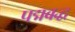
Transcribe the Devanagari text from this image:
पद्मबद्ध